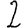
Digit: 2